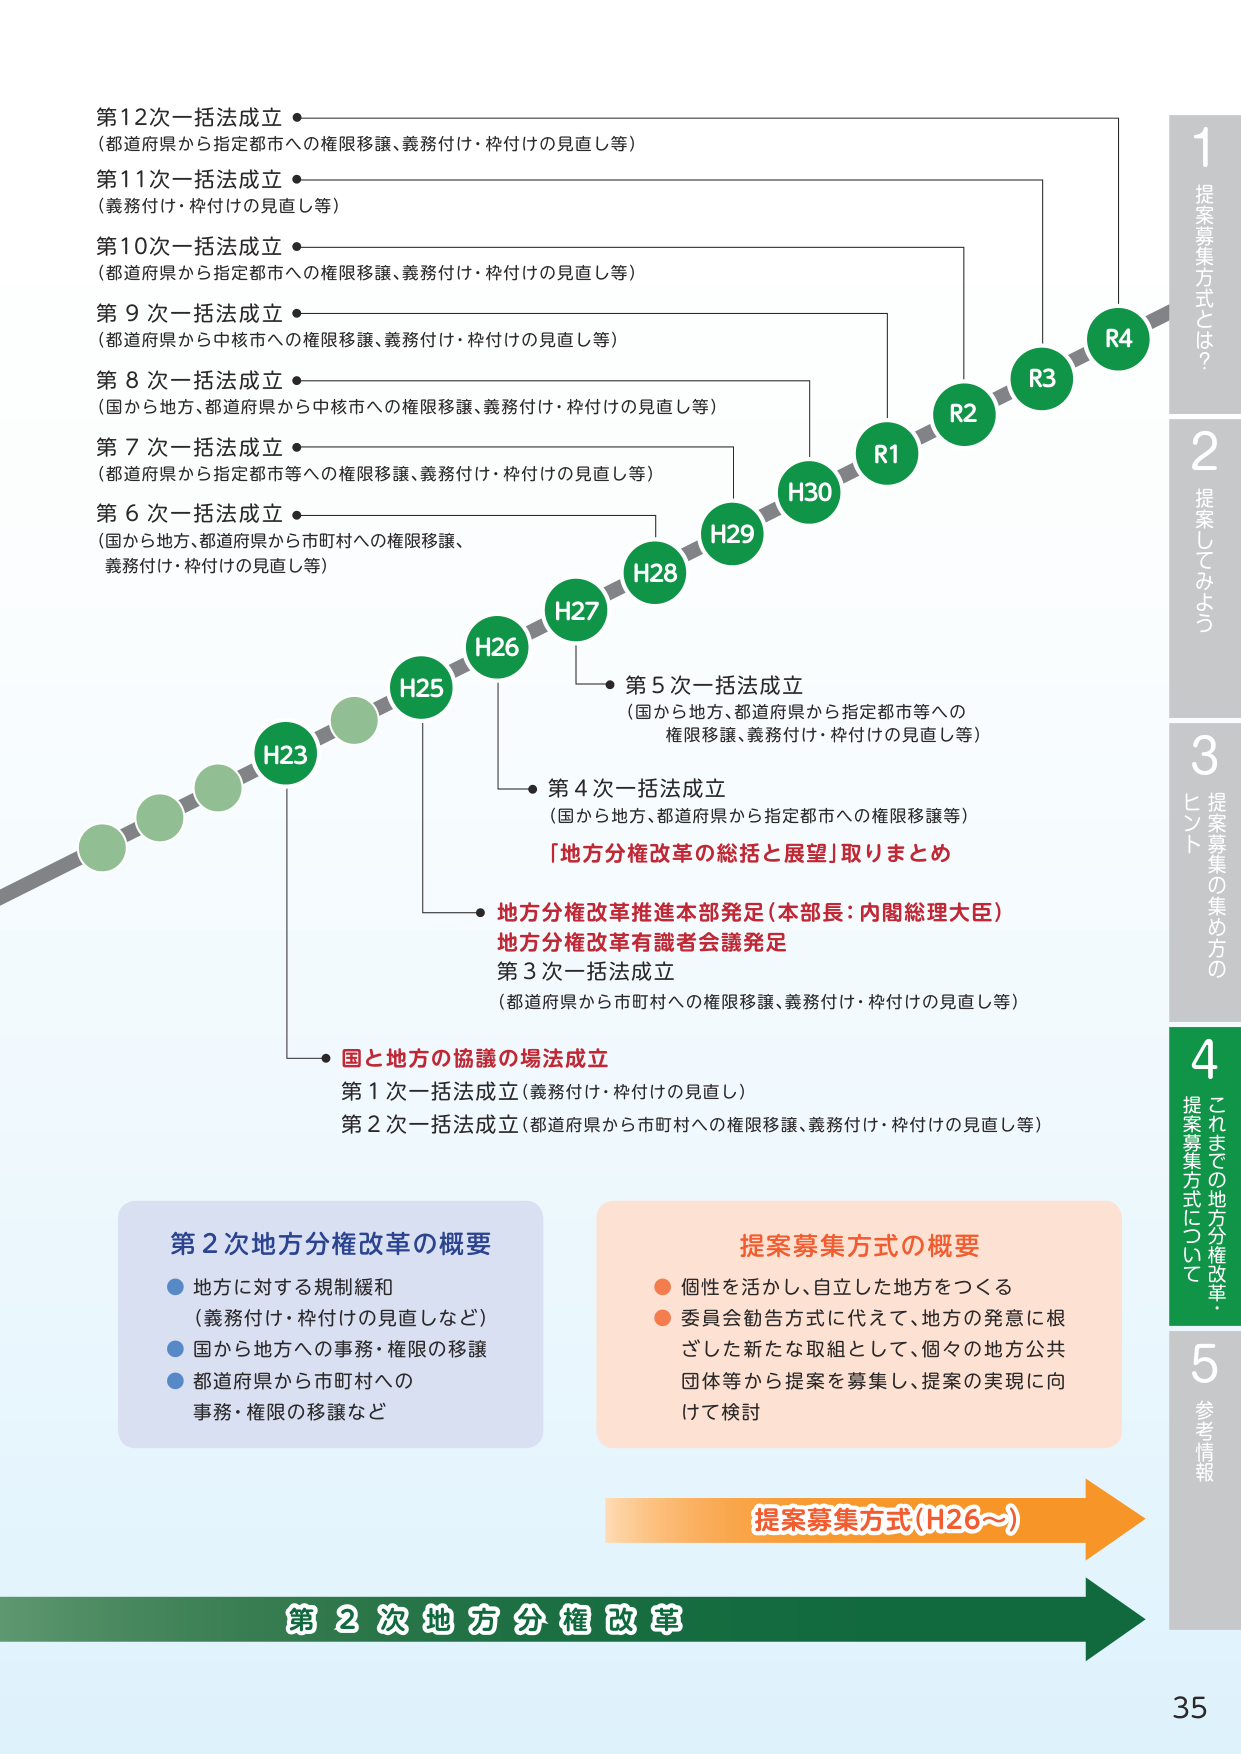
第12次一括法成立
（都道府県から指定都市への権限移譲、義務付け・枠付けの見直し等）

第11次一括法成立
（義務付け・枠付けの見直し等）

第10次一括法成立
（都道府県から指定都市への権限移譲、義務付け・枠付けの見直し等）

第9次一括法成立
（都道府県から中核市への権限移譲、義務付け・枠付けの見直し等）

第8次一括法成立
（国から地方、都道府県から中核市への権限移譲、義務付け・枠付けの見直し等）

第7次一括法成立
（都道府県から指定都市等への権限移譲、義務付け・枠付けの見直し等）

第6次一括法成立
（国から地方、都道府県から市町村への権限移譲、義務付け・枠付けの見直し等）

第5次一括法成立
（国から地方、都道府県から指定都市等への権限移譲、義務付け・枠付けの見直し等）

第4次一括法成立
（国から地方、都道府県から指定都市への権限移譲等）

「地方分権改革の総括と展望」取りまとめ

地方分権改革推進本部発足（本部長：内閣総理大臣）
地方分権改革有識者会議発足

第3次一括法成立
（都道府県から市町村への権限移譲、義務付け・枠付けの見直し等）

国と地方の協議の場法成立

第1次一括法成立（義務付け・枠付けの見直し）
第2次一括法成立（都道府県から市町村への権限移譲、義務付け・枠付けの見直し等）

第2次地方分権改革の概要
・地方に対する規制緩和
（義務付け・枠付けの見直しなど）
・国から地方への事務・権限の移譲
・都道府県から市町村への
事務・権限の移譲など

提案募集方式の概要
・個性を活かし、自立した地方をつくる
・委員会勧告方式に代えて、地方の発意に根ざした新たな取組として、個々の地方公共団体等から提案を募集し、提案の実現に向けて検討

提案募集方式（H26～）

第2次地方分権改革

1 提案募集方式とは？
2 提案してみよう
3 ヒント 提案募集の集め方の
4 これまでの地方分権改革・提案募集方式について
5 参考情報

35

H23 H25 H26 H27 H28 H29 H30 R1 R2 R3 R4